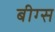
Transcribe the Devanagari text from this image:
बीग्स